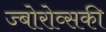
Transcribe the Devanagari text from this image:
ज्बोरोव्सकी